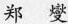
郑 燮